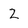
Character: 2